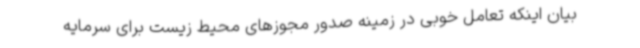
بیان اینکه تعامل خوبی در زمینه صدور مجوزهای محیط زیست برای سرمایه